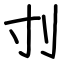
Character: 刌